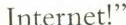
Internet!"